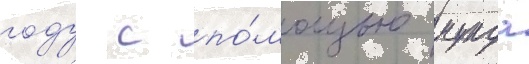
году с по́мощью мунда